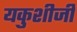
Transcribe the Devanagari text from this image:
यकुशीजी